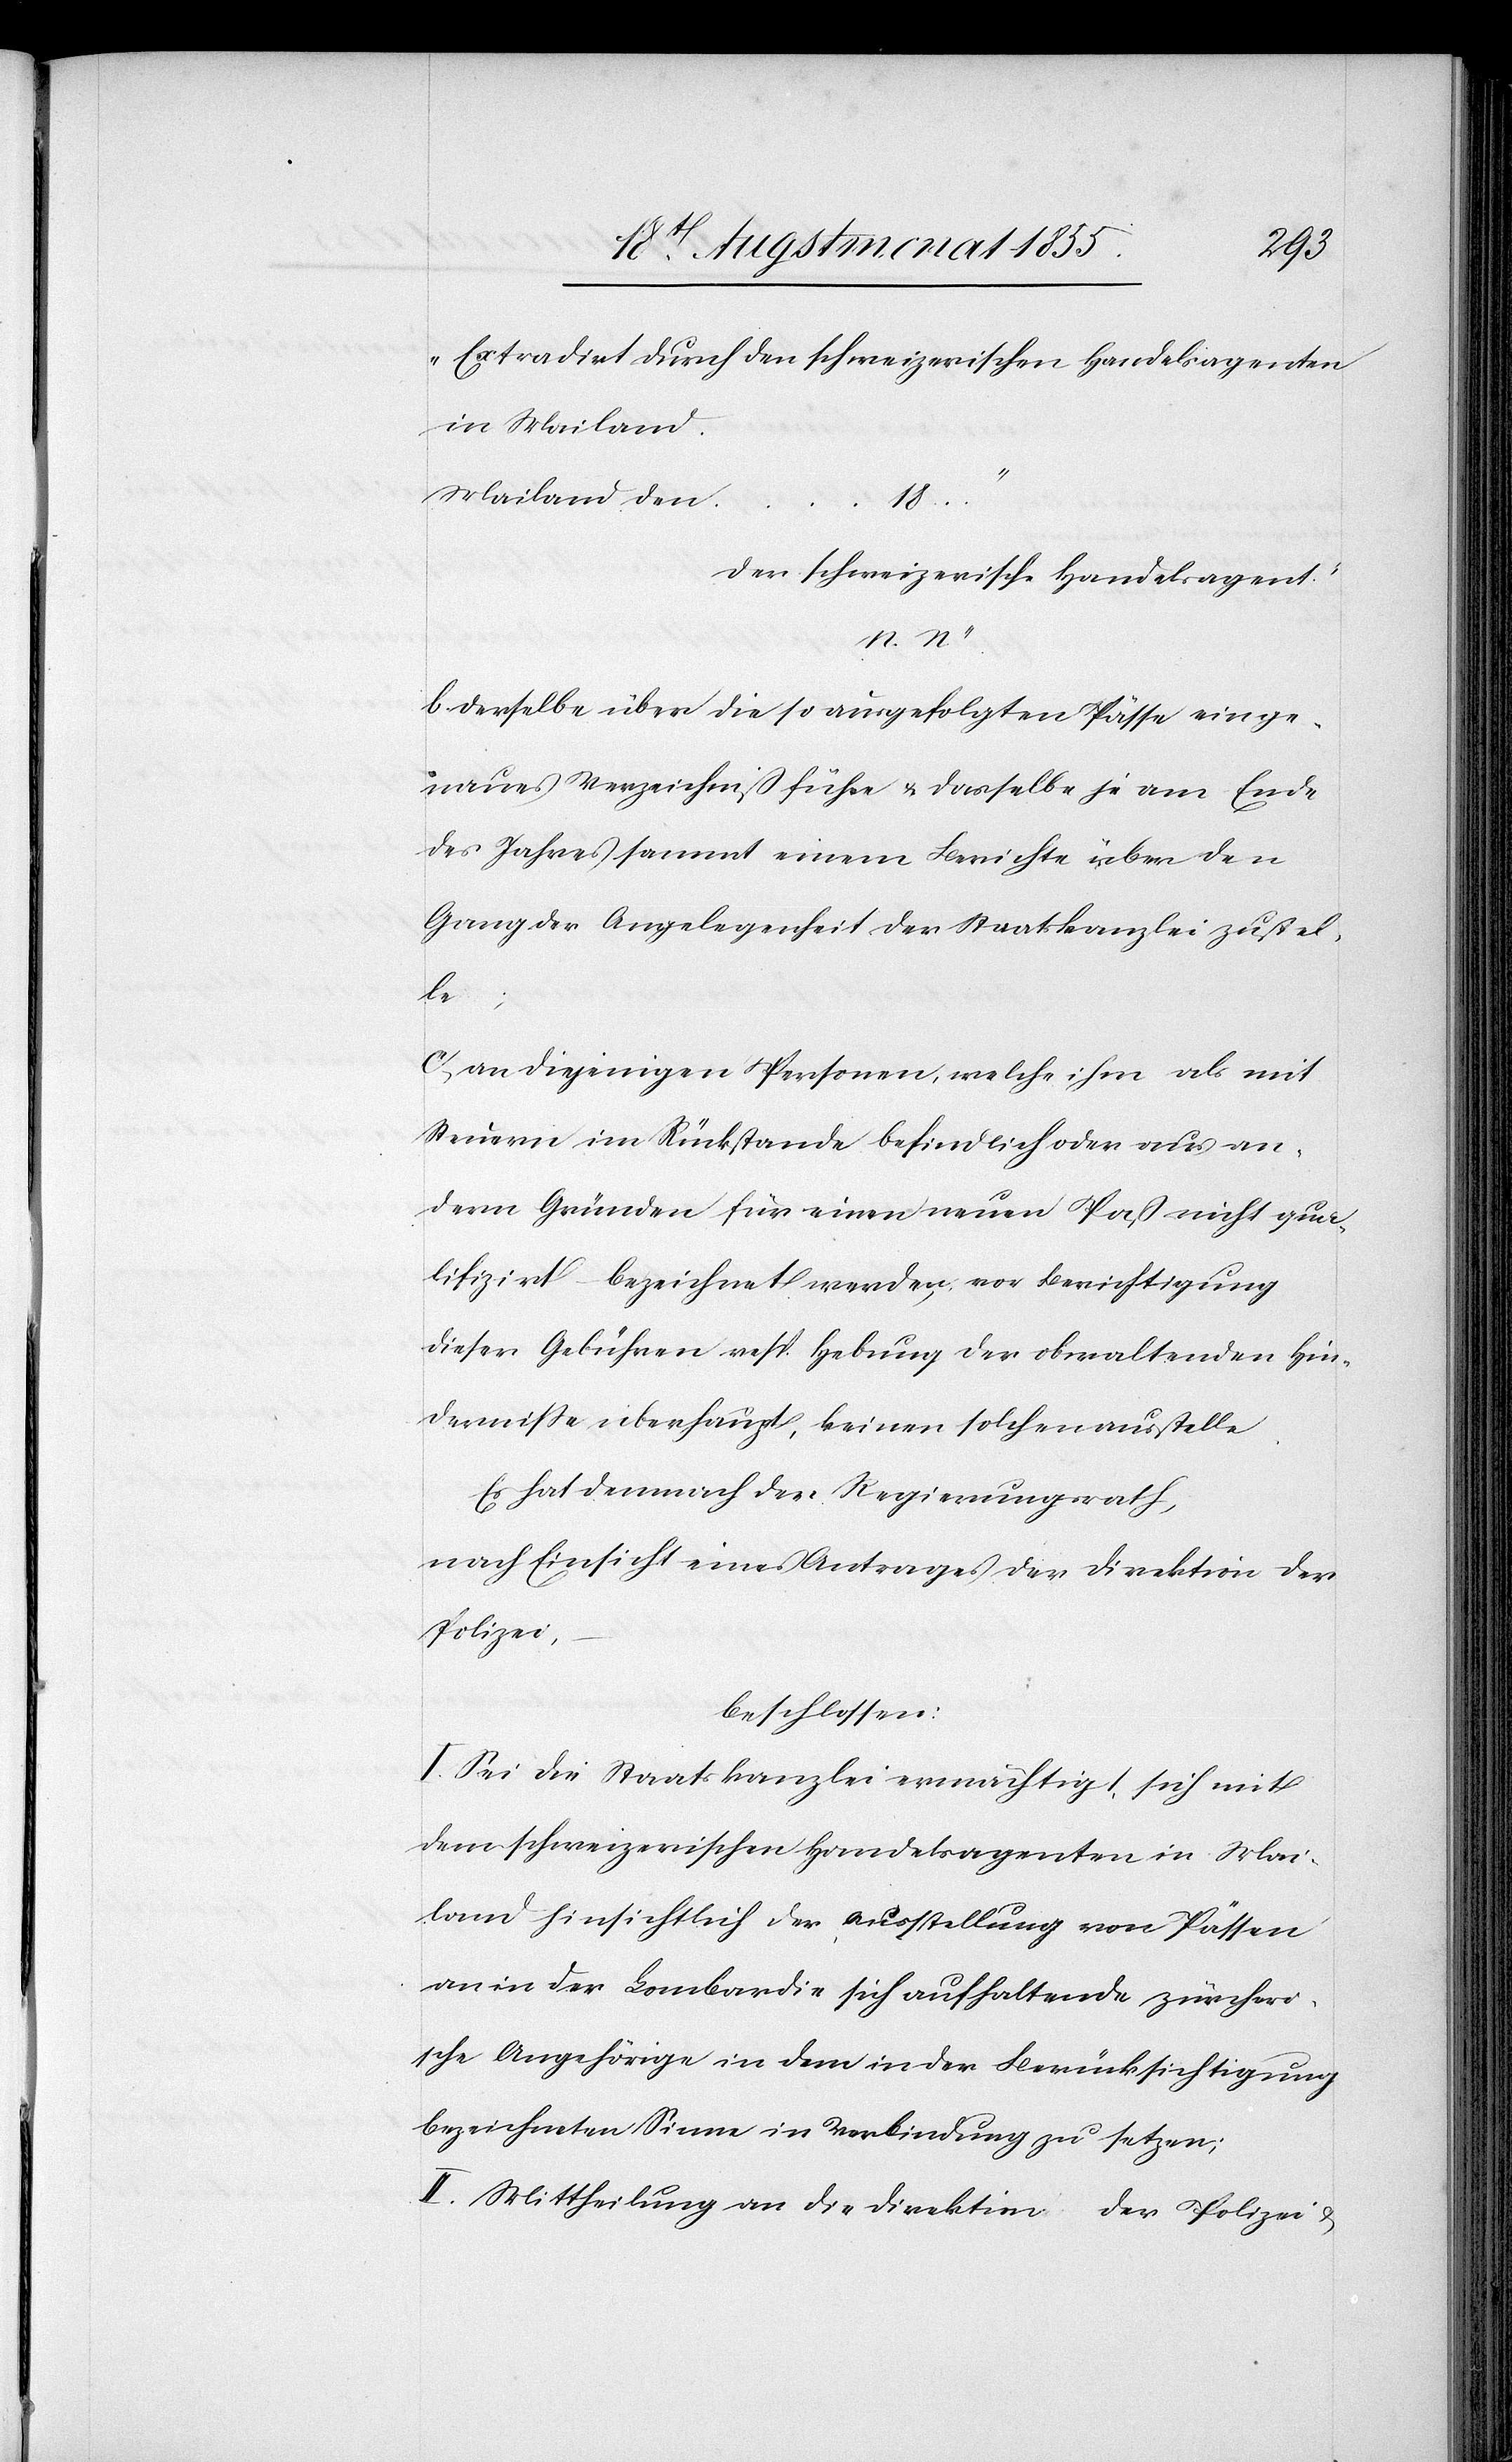
„Extradirt durch den schweizerischen Handelsagenten
in Mailand.
Mailand den …
18…“
Der schweizerische Handelsagent.
b. derselbe über die so ausgefolgten Pässe ein ge¬
naues Verzeichniß führe & dasselbe je am Ende
des Jahres sammt einem Berichte über den
Gang der Angelegenheit der Staatskanzlei zustel¬
le;
N.“
c, an diejenigen Personen, welche ihm als mit
Steuern im Rückstande befindlich oder aus an¬
dern Gründen für einen neuen Paß nicht qua¬
lifizirt – bezeichnet werden, vor Berichtigung
dieser Gebühren resp. Hebung der obwaltenden Hin¬
derniße überhaupt, keinen solchen ausstelle.
Es hat demnach der Regierungsrath,
nach Einsicht eines Antrages der Direktion der
Polizei,
beschlossen:
I. Sei die Staatskanzlei ermächtigt, sich mit
dem schweizerischen Handelsagenten in Mai¬
land hinsichtlich der Ausstellung von Pässen
an in der Lombardie sich aufhaltende zürcheri¬
sche Angehörige in dem in der Berücksichtigung
bezeichneten Sinne in Verbindung zu setzen;
II. Mittheilung an die Direktion der Polizei &